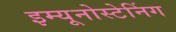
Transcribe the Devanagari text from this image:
इम्यूनोस्टेनिंग